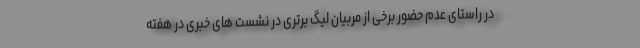
در راستای عدم حضور برخی از مربیان لیگ برتری در نشست های خبری در هفته